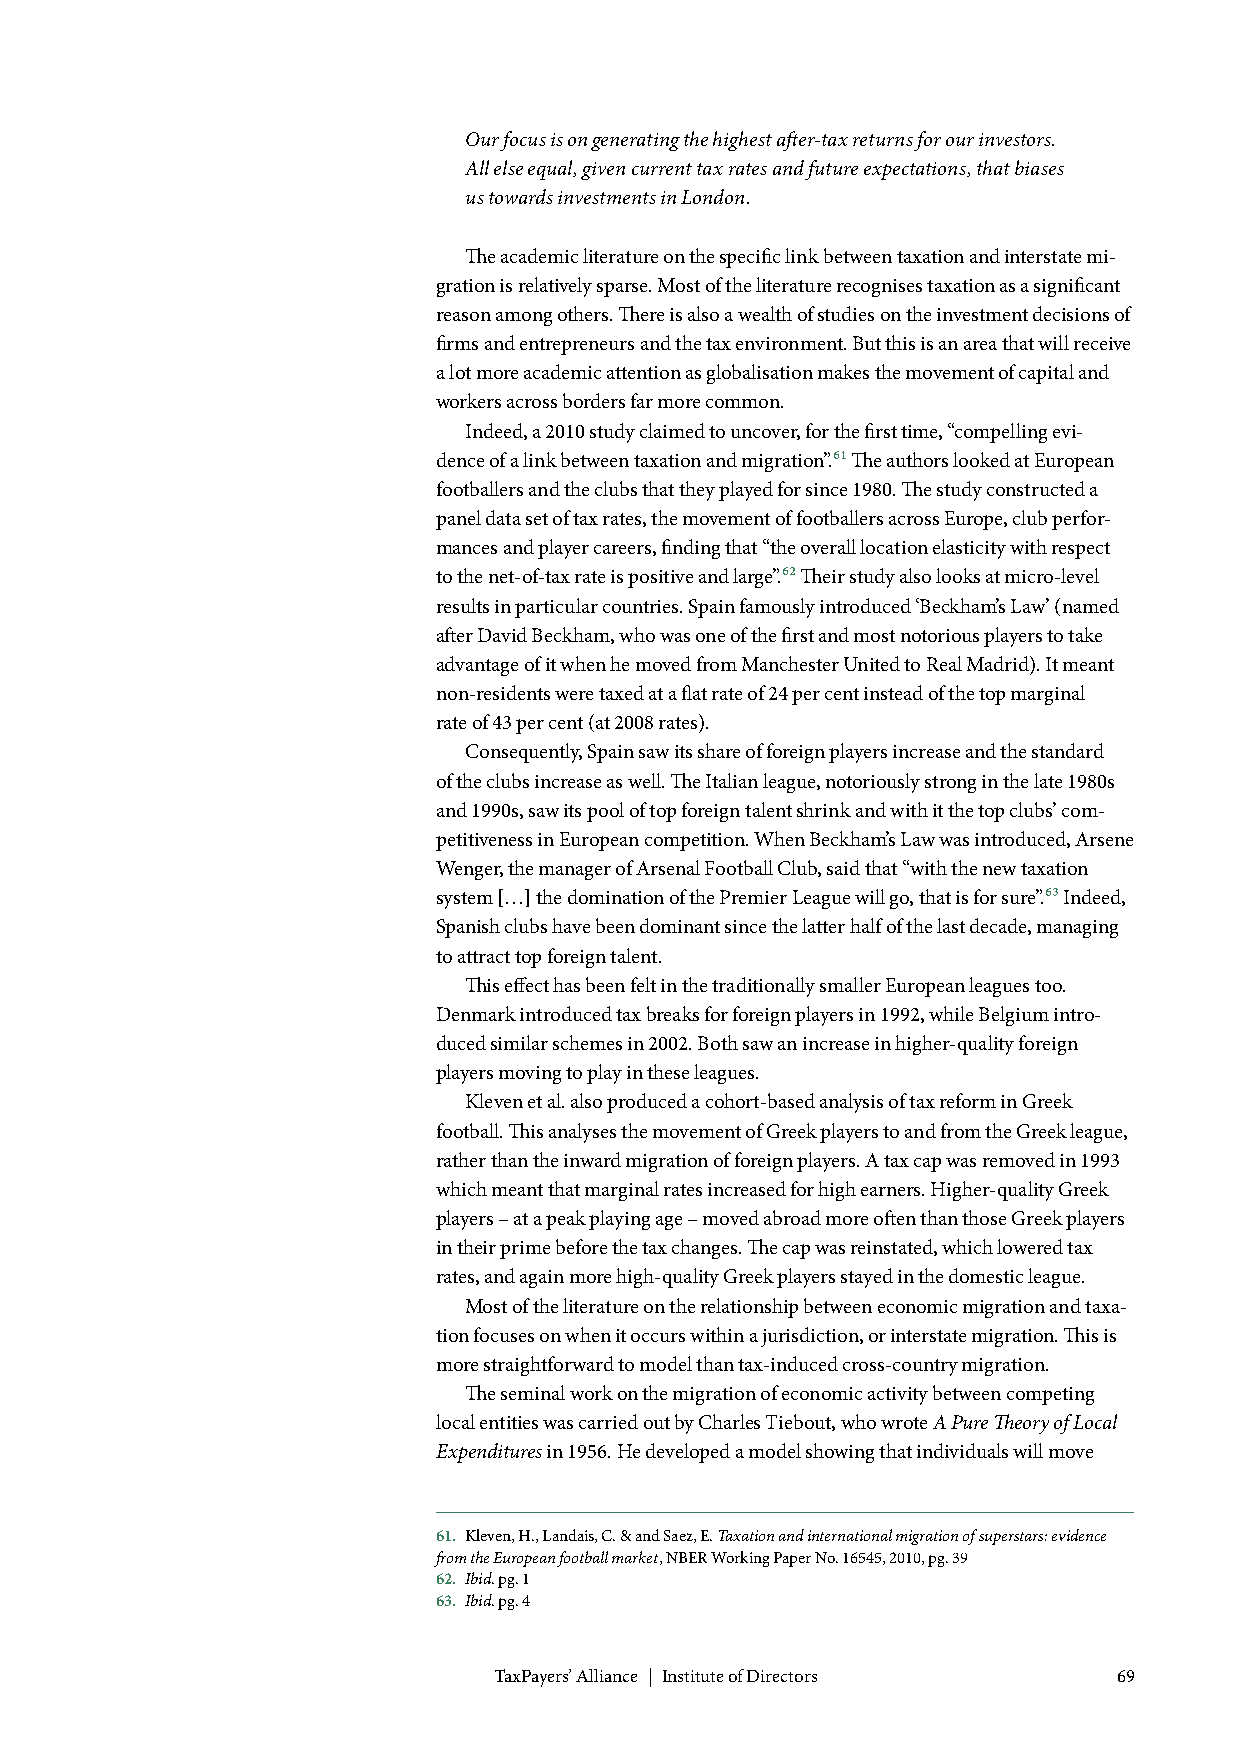
Our focus is on generating the highest after-tax returns for our investors.
 All else equal, given current tax rates and future expectations, that biases
 us towards investments in London.
 The academic literature on the specific link between taxation and interstate mi-
 gration is relatively sparse. Most of the literature recognises taxation as a significant
 reason among others. There is also a wealth of studies on the investment decisions of
 firms and entrepreneurs and the tax environment. But this is an area that will receive
 a lot more academic attention as globalisation makes the movement of capital and
 workers across borders far more common.
 Indeed, a 2010 study claimed to uncover, for the first time, “compelling evi-
 dence of a link between taxation and migration”.61 The authors looked at European
 footballers and the clubs that they played for since 1980. The study constructed a
 panel data set of tax rates, the movement of footballers across Europe, club perfor-
 mances and player careers, finding that “the overall location elasticity with respect
 to the net-of-tax rate is positive and large”.62 Their study also looks at micro-level
 results in particular countries. Spain famously introduced ‘Beckham’s Law’ (named
 after David Beckham, who was one of the first and most notorious players to take
 advantage of it when he moved from Manchester United to Real Madrid). It meant
 non-residents were taxed at a flat rate of 24 per cent instead of the top marginal
 rate of 43 per cent (at 2008 rates).
 Consequently, Spain saw its share of foreign players increase and the standard
 of the clubs increase as well. The Italian league, notoriously strong in the late 1980s
 and 1990s, saw its pool of top foreign talent shrink and with it the top clubs’ com-
 petitiveness in European competition. When Beckham’s Law was introduced, Arsene
 Wenger, the manager of Arsenal Football Club, said that “with the new taxation
 system […] the domination of the Premier League will go, that is for sure”.63 Indeed,
 Spanish clubs have been dominant since the latter half of the last decade, managing
 to attract top foreign talent.
 This effect has been felt in the traditionally smaller European leagues too.
 Denmark introduced tax breaks for foreign players in 1992, while Belgium intro-
 duced similar schemes in 2002. Both saw an increase in higher-quality foreign
 players moving to play in these leagues.
 Kleven et al. also produced a cohort-based analysis of tax reform in Greek
 football. This analyses the movement of Greek players to and from the Greek league,
 rather than the inward migration of foreign players. A tax cap was removed in 1993
 which meant that marginal rates increased for high earners. Higher-quality Greek
 players – at a peak playing age – moved abroad more often than those Greek players
 in their prime before the tax changes. The cap was reinstated, which lowered tax
 rates, and again more high-quality Greek players stayed in the domestic league.
 Most of the literature on the relationship between economic migration and taxa-
 tion focuses on when it occurs within a jurisdiction, or interstate migration. This is
 more straightforward to model than tax-induced cross-country migration.
 The seminal work on the migration of economic activity between competing
 local entities was carried out by Charles Tiebout, who wrote A Pure Theory of Local
 Expenditures in 1956. He developed a model showing that individuals will move
 61. Kleven, H., Landais, C. & and Saez, E. Taxation and international migration of superstars: evidence
 from the European football market, NBER Working Paper No. 16545, 2010, pg. 39
 62. Ibid. pg. 1
 63. Ibid. pg. 4
 TaxPayers’ Alliance | Institute of Directors 69